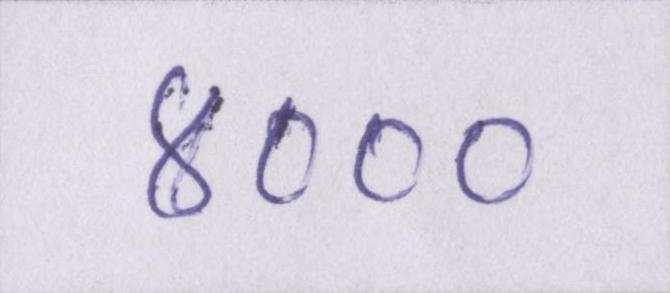
४०००